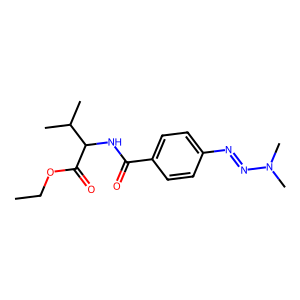
SMILES: CCOC(=O)C(NC(=O)c1ccc(N=NN(C)C)cc1)C(C)C
Inhibits HIV replication: No